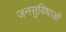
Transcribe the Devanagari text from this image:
जनसुविधाओं